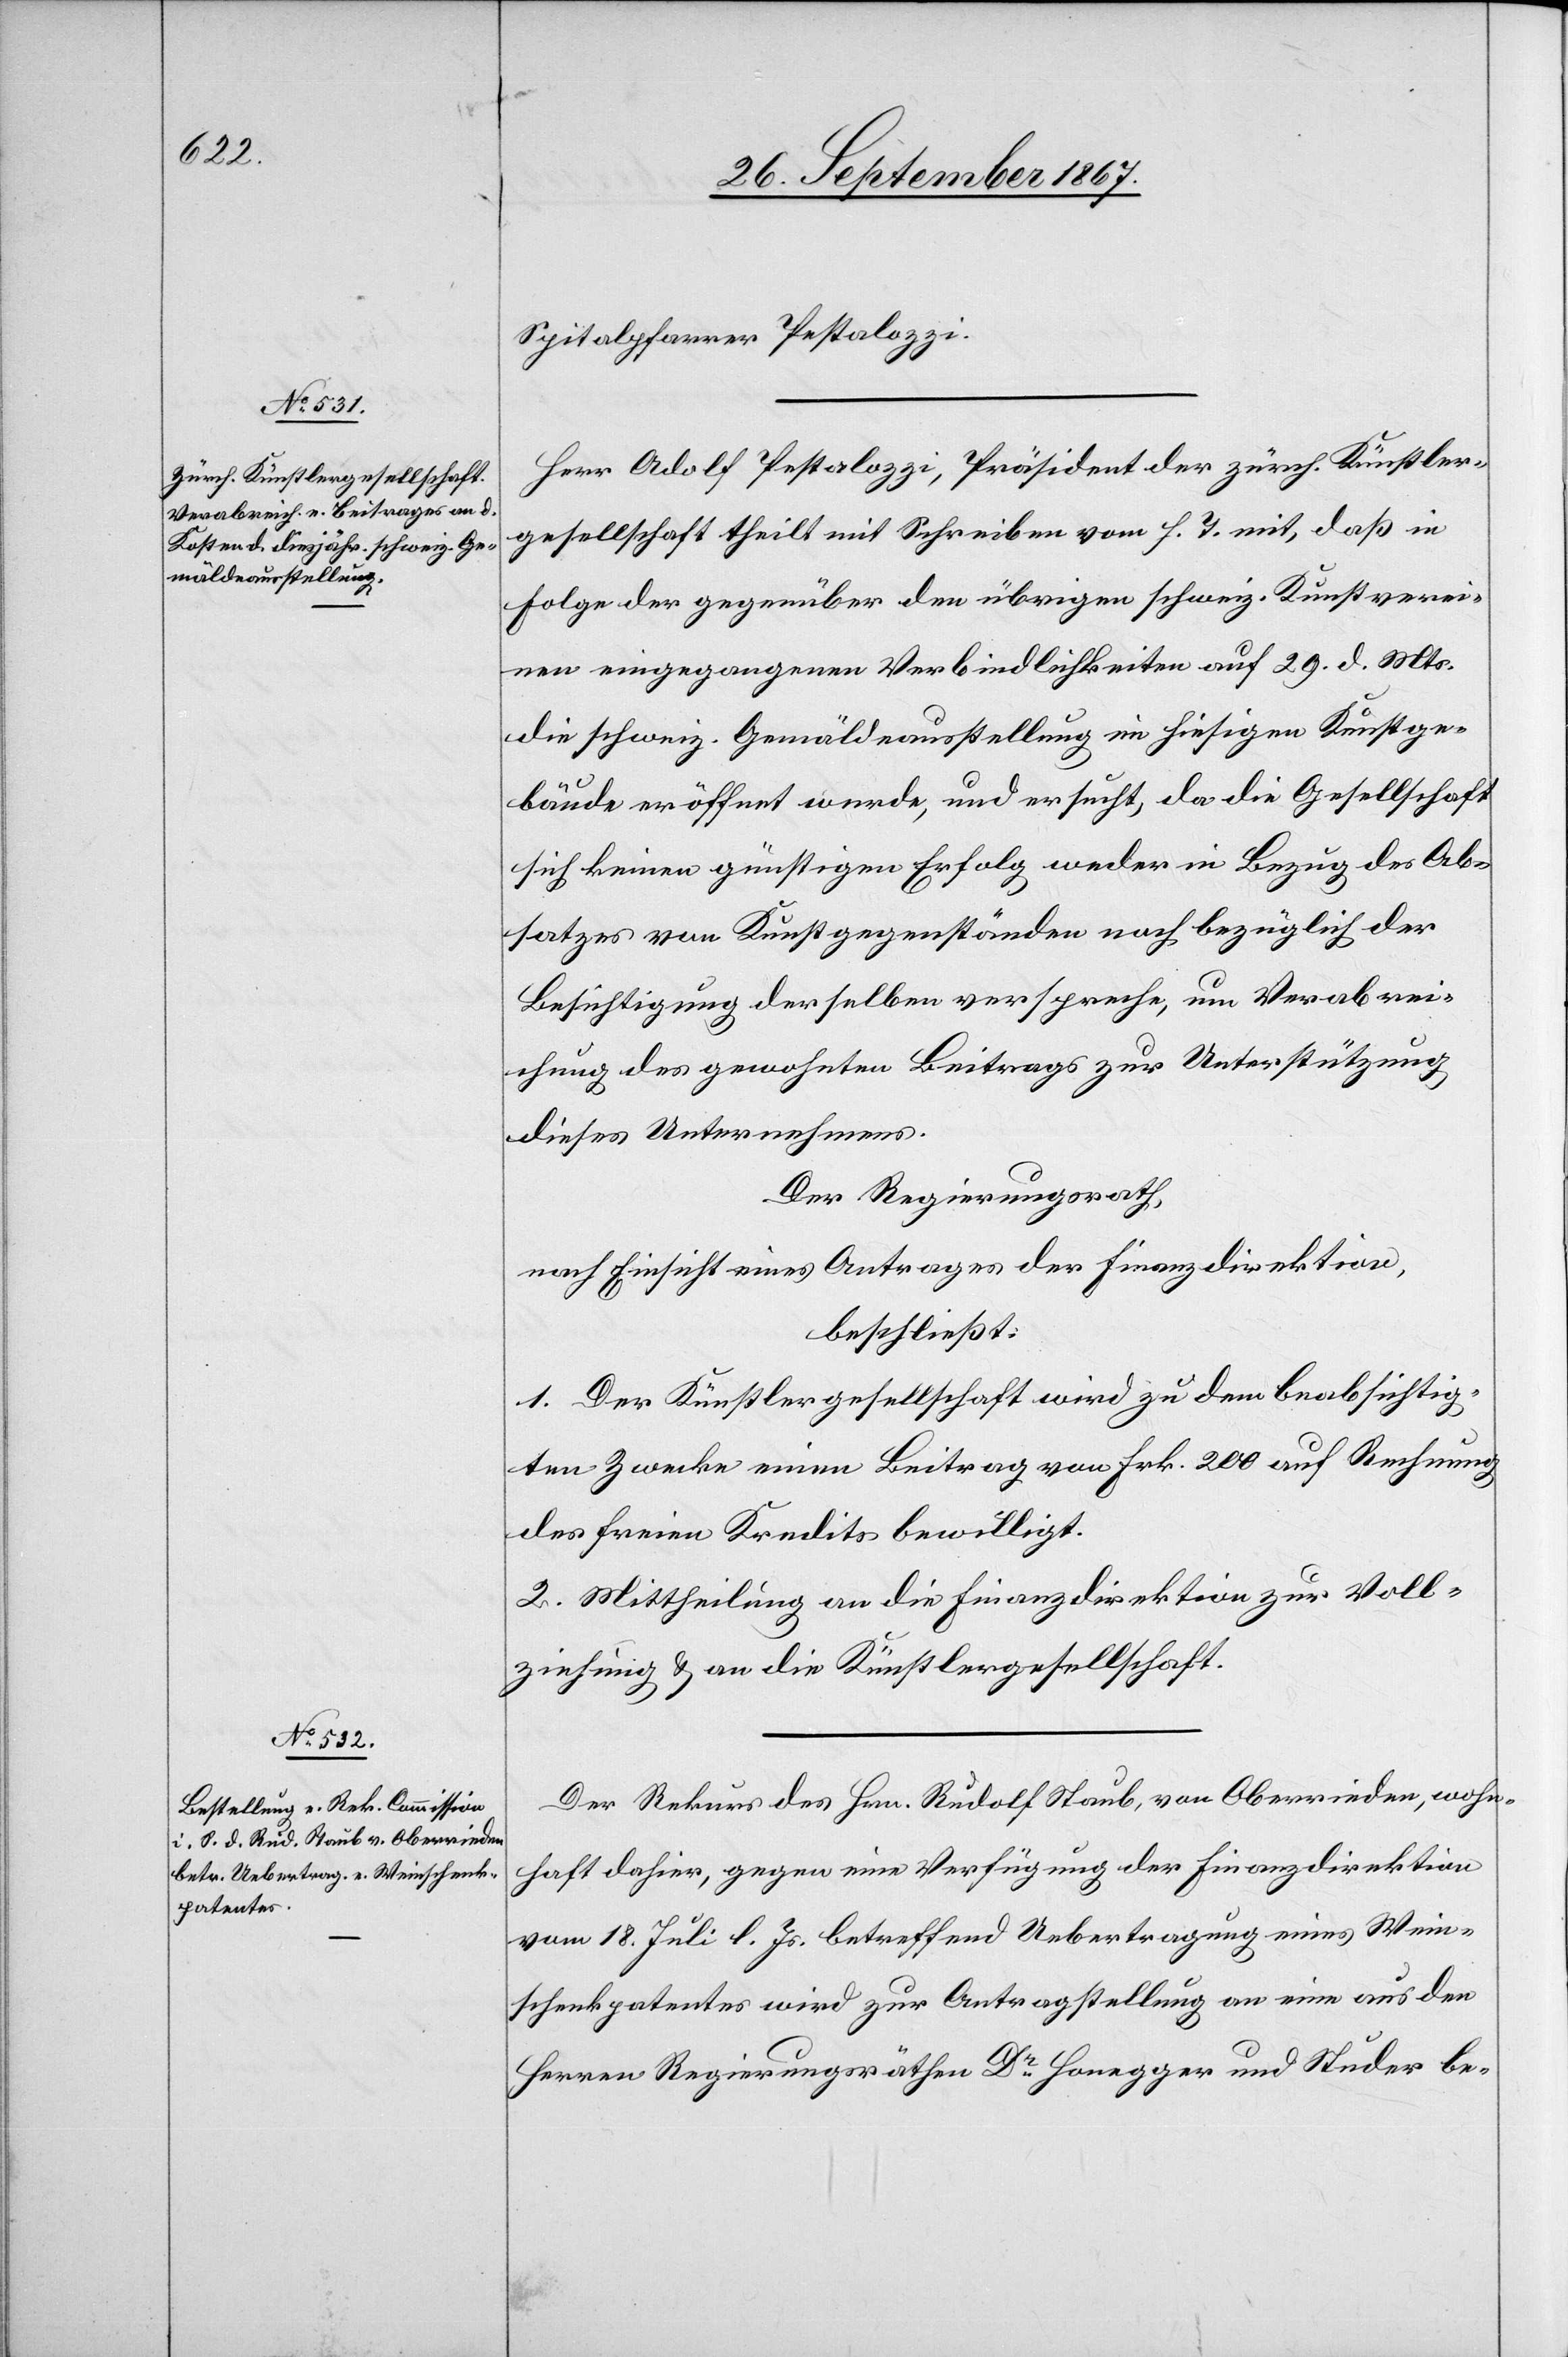
Spitalpfarrer Pestalozzi.
Herr Adolf Pestalozzi, Präsident der zürch. Künstler¬
gesellschaft theilt mit Schreiben vom h. T. mit, daß in
Folge der gegenüber den übrigen schweiz. Kunstverei¬
nen eingegangenen Verbindlichkeiten auf 29. d. Mts.
die schweiz. Gemäldeausstellung im hiesigen Kunstge¬
bäude eröffnet werde, und ersucht, da die Gesellschaft
sich keinen günstigen Erfolg weder in Bezug des Ab¬
satzes von Kunstgegenständen noch bezüglich der
Besichtigung derselben verspreche, um Verabrei¬
chung des gewohnten Beitrages zur Unterstützung
dieses Unternehmens.
Der Regierungsrath,
nach Einsicht eines Antrages der Finanzdirektion,
beschließt:
1. Der Künstlergesellschaft wird zu dem beabsichtig¬
ten Zwecke einen Beitrag [sic!] von Frk. 200 auf Rechnung
des freien Kredites bewilligt.
2. Mittheilung an die Finanzdirektion zur Voll¬
ziehung u. an die Künstlergesellschaft.
Der Rekurs des Hrn. Rudolf Staub, von Oberrieden, wohn¬
haft dahier, gegen eine Verfügung der Finanzdirektion
vom 18. Juli l. Js. betreffend Uebertragung eines Wein¬
schenkpatentes wird zur Antragstellung an eine aus den
Herren Regierungsräthen Dr. Honegger und Studer be-